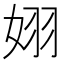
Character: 𪥵